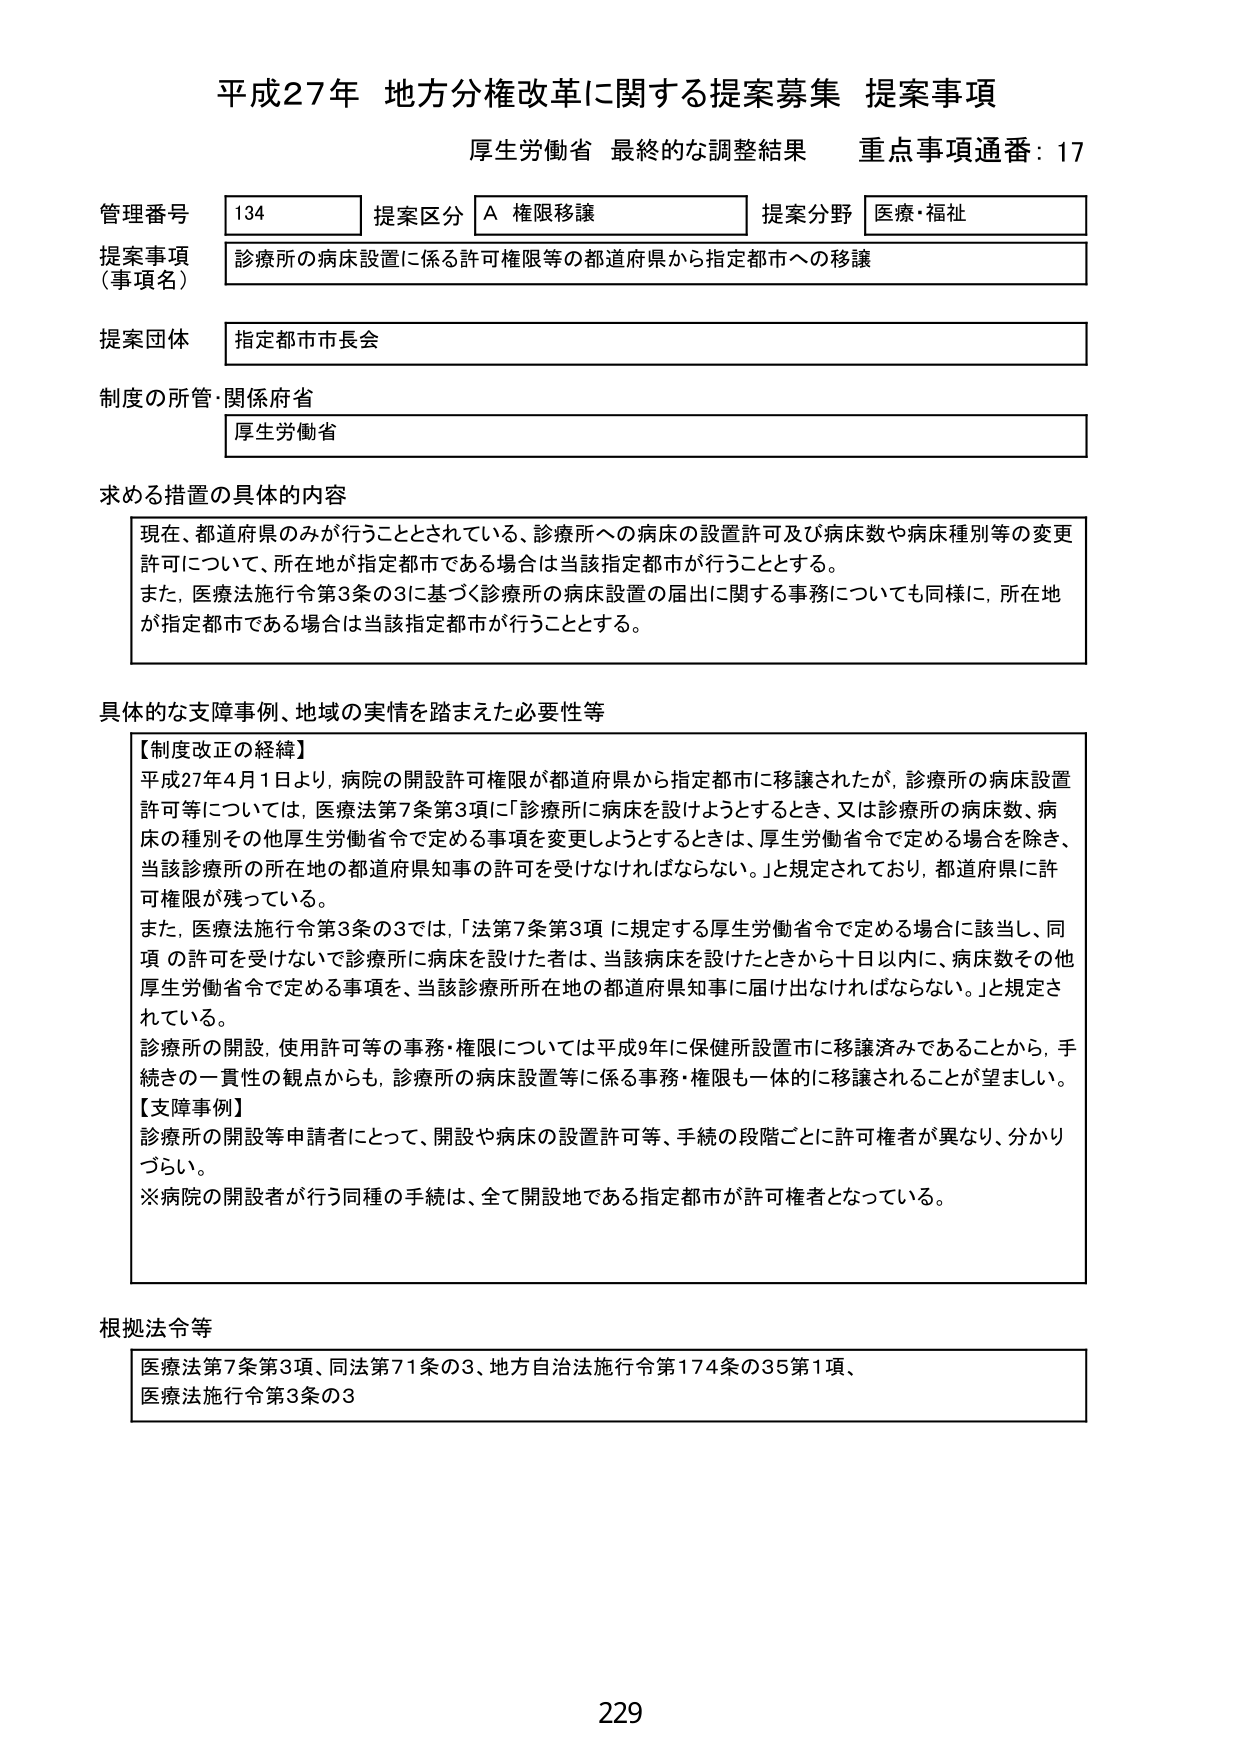
平成27年 地方分権改革に関する提案募集 提案事項
厚生労働省 最終的な調整結果 重点事項通番：17

管理番号 134 提案区分 A 権限移譲 提案分野 医療・福祉
提案事項（事項名） 診療所の病床設置に係る許可権限等の都道府県から指定都市への移譲
提案団体 指定都市市長会
制度の所管・関係府省 厚生労働省

求める措置の具体的内容
現在、都道府県のみが行うこととされている、診療所への病床の設置許可及び病床数や病床種別等の変更許可について、所在地が指定都市である場合は当該指定都市が行うこととする。
また、医療法施行令第3条の3に基づく診療所の病床設置の届出に関する事務についても同様に、所在地が指定都市である場合は当該指定都市が行うこととする。

具体的な支障事例、地域の実情を踏まえた必要性等
【制度改正の経緯】
平成27年4月1日より、病院の開設許可権限が都道府県から指定都市に移譲されたが、診療所の病床設置許可等については、医療法第7条第3項に「診療所に病床を設けようとするとき、又は診療所の病床数、病床の種別その他厚生労働省令で定める事項を変更しようとするときは、厚生労働省令で定める場合を除き、当該診療所の所在地の都道府県知事の許可を受けなければならない。」と規定されており、都道府県に許可権限が残っている。
また、医療法施行令第3条の3では、「法第7条第3項に規定する厚生労働省令で定める場合に該当し、同項の許可を受けないで診療所に病床を設けた者は、当該病床を設けたときから十日以内に、病床数その他厚生労働省令で定める事項を、当該診療所所在地の都道府県知事に届け出なければならない。」と規定されている。
診療所の開設、使用許可等の事務・権限については平成9年に保健所設置市に移譲済みであることから、手続きの一貫性の観点からも、診療所の病床設置等に係る事務・権限も一体的に移譲されることが望ましい。
【支障事例】
診療所の開設等申請者にとって、開設や病床の設置許可等、手続の段階ごとに許可権者が異なり、分かりづらい。
※病院の開設者が行う同種の手続は、全て開設地である指定都市が許可権者となっている。

根拠法令等
医療法第7条第3項、同法第71条の3、地方自治法施行令第174条の35第1項、
医療法施行令第3条の3

229